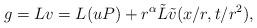
LaTeX: \begin{align*}g= Lv= L(uP) + r^{\alpha} \tilde L \tilde v (x/r, t/r^2),\end{align*}